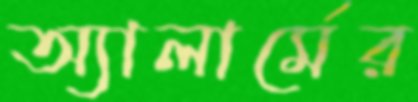
অ্যালার্মের